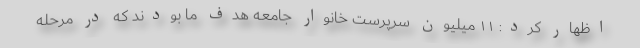
اظهار کرد: ۱۱ میلیون سرپرست خانوار جامعه هدف ما بودند که در مرحله